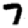
Digit: 7